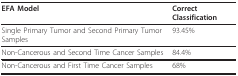
<table><thead><tr><td><b>EFA Model</b></td><td><b>Correct Classification</b></td></tr></thead><tbody><tr><td>Single Primary Tumor and Second Primary Tumor Samples</td><td>93.45%</td></tr><tr><td>Non-Cancerous and Second Time Cancer Samples</td><td>84.4%</td></tr><tr><td>Non-Cancerous and First Time Cancer Samples</td><td>68%</td></tr></tbody></table>